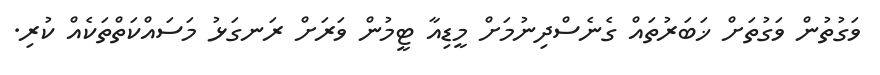
ވަގުތުން ވަގުތަށް ޚަބަރުތައް ގެނެސްދިނުމަށް މީޑިއާ ޓީމުން ވަރަށް ރަނގަޅު މަސައްކަތްތަކެއް ކުރި.